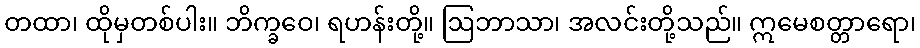
တထာ၊ ထိုမှတစ်ပါး။ ဘိက္ခဝေ၊ ရဟန်းတို့။ ဩဘာသာ၊ အလင်းတို့သည်။ ဣမေစတ္တာရော၊